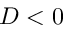
D < 0